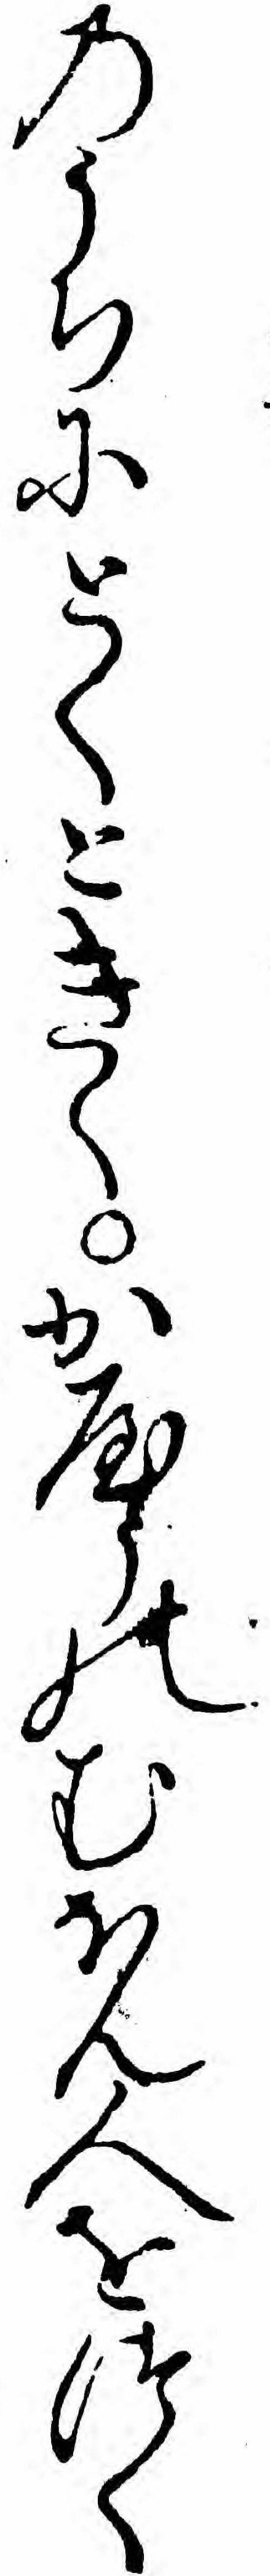
のうちにとくときくかやうのむほん人をつく